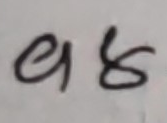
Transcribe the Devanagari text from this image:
१८